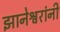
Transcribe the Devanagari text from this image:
झानेश्वरांनी